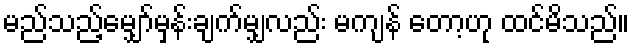
မည်သည့်မျှော်မှန်းချက်မျှလည်း မကျန် တော့ဟု ထင်မိသည်။